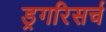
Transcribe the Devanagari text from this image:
ड्रगरिसर्च